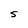
Character: S